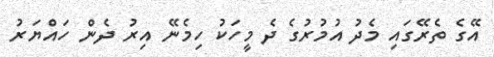
އޭގެ ތެރޭގައި މެދު އުމުރުގެ ދެ މީހަކު ހިމެނޭ އިރު ދެން ހައްޔަރު